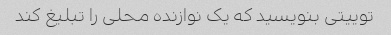
توییتی بنویسید که یک نوازنده محلی را تبلیغ کند